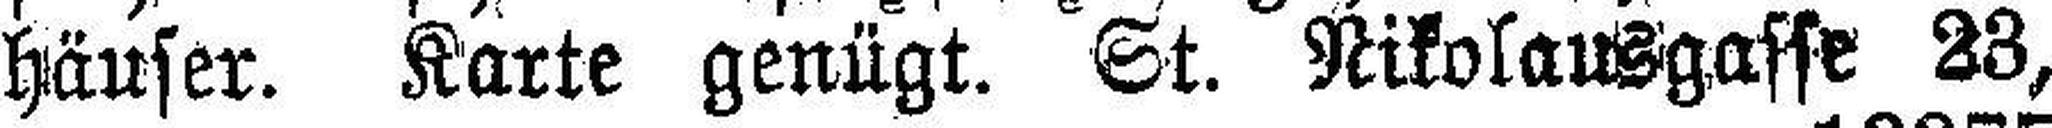
häuser. Karte genügt. St. Nikolausgasse 23,